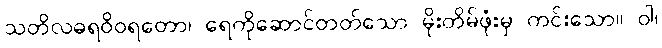
သတိလဓရဝိဝရတော၊ ရေကိုဆောင်တတ်သော မိုးတိမ်ဖုံးမှ ကင်းသော။ ဝါ၊